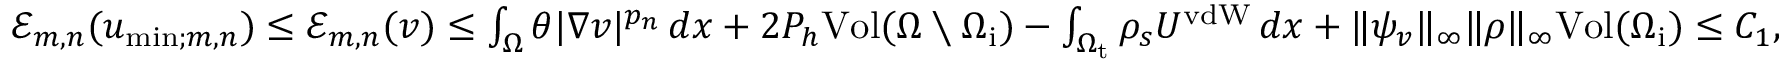
\begin{array} { r } { \mathcal { E } _ { m , n } ( u _ { \mathrm { m i n } ; m , n } ) \leq \mathcal { E } _ { m , n } ( v ) \leq \int _ { \Omega } \theta | \nabla v | ^ { p _ { n } } \, d x + 2 P _ { h } \mathrm { V o l } ( \Omega \setminus \Omega _ { \mathrm { i } } ) - \int _ { \Omega _ { \mathrm { t } } } \rho _ { s } U ^ { \mathrm { v d W } } \, d x + \| \psi _ { v } \| _ { \infty } \| \rho \| _ { \infty } \mathrm { V o l } ( \Omega _ { \mathrm { i } } ) \leq C _ { 1 } , } \end{array}